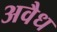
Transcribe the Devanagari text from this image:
अवैध